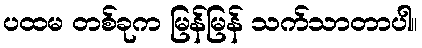
ပထမ တစ်ခုက မြန်မြန် သက်သာတာပါ။